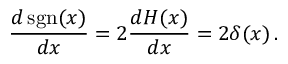
{ \frac { d \operatorname { s g n } ( x ) } { d x } } = 2 { \frac { d H ( x ) } { d x } } = 2 \delta ( x ) \, .